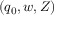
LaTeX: ( q _ { 0 } , w , Z )